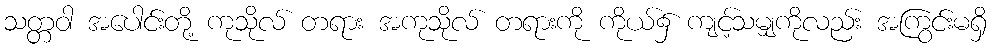
သတ္တဝါ အပေါင်းတို့ ကုသိုလ် တရား အကုသိုလ် တရားကို ကိုယ်၌ ကျင့်သမျှကိုလည်း အကြွင်းမရှိ